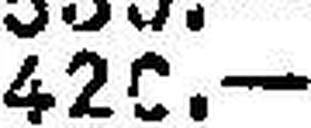
420.—